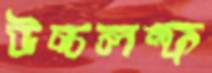
উচ্চলম্ফ